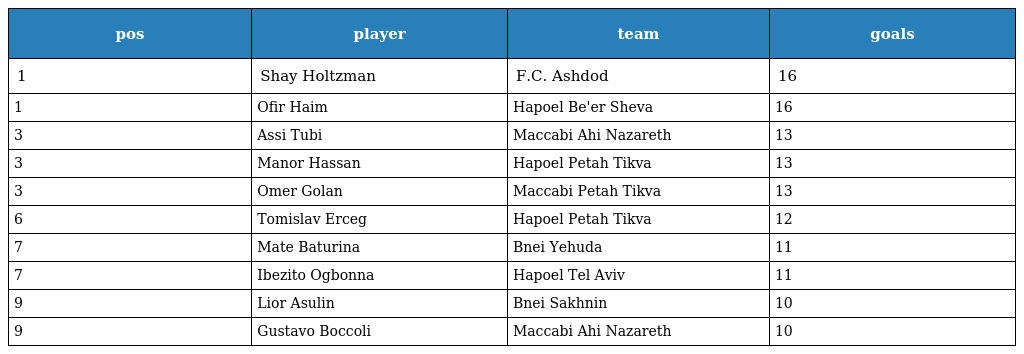
| pos | player | team | goals |
 | --- | --- | --- | --- |
 | 1 | Shay Holtzman | F.C. Ashdod | 16 |
 | 1 | Ofir Haim | Hapoel Be'er Sheva | 16 |
 | 3 | Assi Tubi | Maccabi Ahi Nazareth | 13 |
 | 3 | Manor Hassan | Hapoel Petah Tikva | 13 |
 | 3 | Omer Golan | Maccabi Petah Tikva | 13 |
 | 6 | Tomislav Erceg | Hapoel Petah Tikva | 12 |
 | 7 | Mate Baturina | Bnei Yehuda | 11 |
 | 7 | Ibezito Ogbonna | Hapoel Tel Aviv | 11 |
 | 9 | Lior Asulin | Bnei Sakhnin | 10 |
 | 9 | Gustavo Boccoli | Maccabi Ahi Nazareth | 10 |